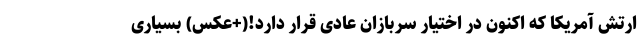
ارتش آمریکا که اکنون در اختیار سربازان عادی قرار دارد!(+عکس) بسیاری